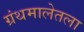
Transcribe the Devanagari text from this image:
ग्रंथमालेतला